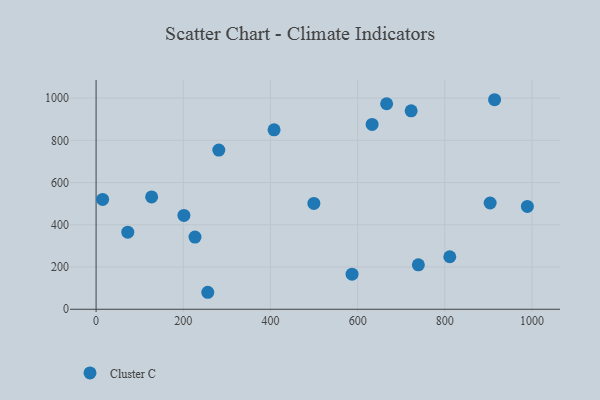
{"axis": {"x": "Investment", "y": "Fuel Efficiency"}, "legend": ["Cluster C"], "data": [{"x": "666.5", "y": 973.5, "type": "Cluster C"}, {"x": "201.5", "y": 444.7, "type": "Cluster C"}, {"x": "722.8", "y": 940.0, "type": "Cluster C"}, {"x": "904.0", "y": 503.4, "type": "Cluster C"}, {"x": "281.5", "y": 754.1, "type": "Cluster C"}, {"x": "633.2", "y": 875.8, "type": "Cluster C"}, {"x": "408.3", "y": 850.1, "type": "Cluster C"}, {"x": "914.2", "y": 992.6, "type": "Cluster C"}, {"x": "256.2", "y": 80.5, "type": "Cluster C"}, {"x": "811.4", "y": 248.7, "type": "Cluster C"}, {"x": "499.6", "y": 501.4, "type": "Cluster C"}, {"x": "739.3", "y": 210.4, "type": "Cluster C"}, {"x": "15.0", "y": 520.1, "type": "Cluster C"}, {"x": "989.4", "y": 487.1, "type": "Cluster C"}, {"x": "72.7", "y": 365.0, "type": "Cluster C"}, {"x": "226.9", "y": 342.0, "type": "Cluster C"}, {"x": "127.4", "y": 532.4, "type": "Cluster C"}, {"x": "587.2", "y": 166.2, "type": "Cluster C"}]}